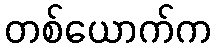
တစ်ယောက်က